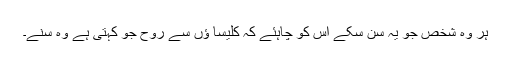
ہر وہ شخص جو یہ سن سکے اس کو چاہئے کہ کلیسا ؤں سے روح جو کہتی ہے وہ سنے۔